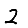
Digit: 2